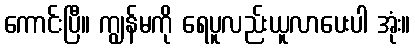
ကောင်းပြီ။ ကျွန်မကို ရေပူလည်းယူလာပေးပါ အုံး။